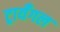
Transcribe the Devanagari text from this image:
ट्रायँगल